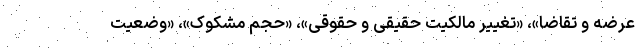
عرضه و تقاضا»، «تغییر مالکیت حقیقی و حقوقی»، «حجم مشکوک»، «وضعیت